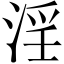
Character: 淫